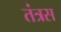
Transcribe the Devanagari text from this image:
तंत्रस